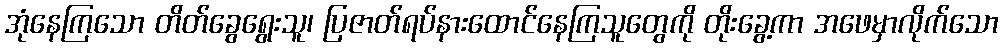
အုံနေကြသော တိတ်ခွေရွေးသူ၊ ပြဇာတ်ရပ်နားထောင်နေကြသူတွေကို တိုးခွေ့ကာ အဖေမှာလိုက်သော